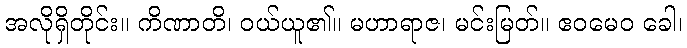
အလိုရှိတိုင်း။ ကိဏာတိ၊ ဝယ်ယူ၏။ မဟာရာဇ၊ မင်းမြတ်။ ဧဝမေဝ ခေါ၊